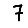
Digit: 7